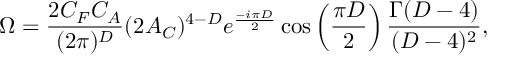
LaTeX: \Omega = { \frac { 2 C _ { F } C _ { A } } { ( 2 \pi ) ^ { D } } } ( 2 { \cal A } _ { C } ) ^ { 4 - D } e ^ { \frac { - i \pi D } { 2 } } \cos \left( { \frac { \pi D } { 2 } } \right) { \frac { \Gamma ( D - 4 ) } { ( D - 4 ) ^ { 2 } } } ,